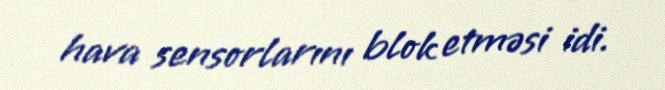
hava sensorlarını blok etməsi idi.